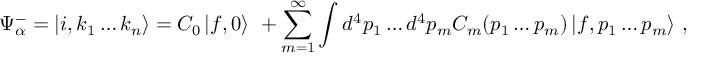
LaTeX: \Psi _ { \alpha } ^ { - } = \left| i , k _ { 1 } \ldots k _ { n } \right\rangle = C _ { 0 } \left| f , 0 \right\rangle \ + \sum _ { m = 1 } ^ { \infty } \int { d ^ { 4 } p _ { 1 } \ldots d ^ { 4 } p _ { m } C _ { m } ( p _ { 1 } \ldots p _ { m } ) \left| f , p _ { 1 } \ldots p _ { m } \right\rangle } ~ ,